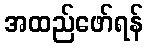
အထည်ဖော်ရန်